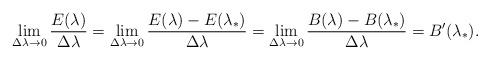
LaTeX: \begin{align*}\lim_{\Delta\lambda\rightarrow 0}\frac{E(\lambda)}{\Delta\lambda}=\lim_{\Delta\lambda\rightarrow 0}\frac{E(\lambda)-E(\lambda_*)}{\Delta\lambda}=\lim_{\Delta\lambda\rightarrow 0}\frac{B(\lambda)-B(\lambda_*)}{\Delta\lambda}=B^{\prime}(\lambda_*).\end{align*}